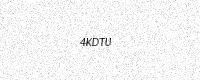
Text: 4KDTU